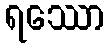
ရဿော